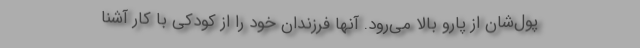
پول‌شان از پارو بالا می‌رود. آنها فرزندان خود را از کودکی با کار آشنا